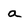
Character: a